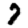
Digit: 7